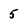
Character: 5